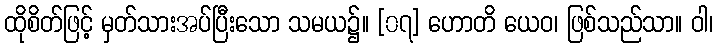
ထိုစိတ်ဖြင့် မှတ်သားအပ်ပြီးသော သမယ၌။ [၀၇] ဟောတိ ယေဝ၊ ဖြစ်သည်သာ။ ဝါ၊